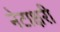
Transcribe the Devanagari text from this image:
नेटाक्षरी